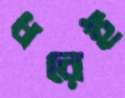
ধরেই